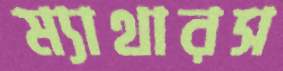
ম্যাথারস